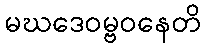
မဃဒေဝမ္ဗဝနေတိ